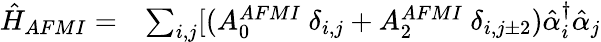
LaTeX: \begin{array}{ll}{\hat{H}_{AFMI}=}&{\sum_{i,j}[{(A_{0}^{AFMI}\ {\delta}_{i,j}+A_{2}^{AFMI}\ {\delta}_{i,j\pm 2})\hat{\alpha}_{i}^{\dagger}\hat{\alpha}_{j}}}\end{array}